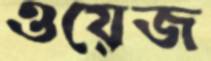
ওয়েজ